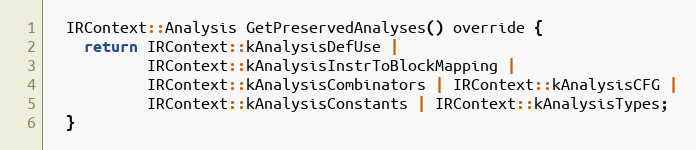
Language: C
  IRContext::Analysis GetPreservedAnalyses() override {
    return IRContext::kAnalysisDefUse |
           IRContext::kAnalysisInstrToBlockMapping |
           IRContext::kAnalysisCombinators | IRContext::kAnalysisCFG |
           IRContext::kAnalysisConstants | IRContext::kAnalysisTypes;
  }